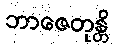
ဘာဇေတုန္တိ